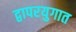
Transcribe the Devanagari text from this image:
द्वापरयुगात